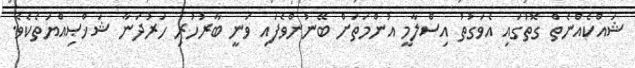
ޝައްކެއްނެތް ގޮތުގައި އެވަގުތު އިސްލާމީ އުންމަތަށް ބޭނުންވެފައި ވަނީ ބާރުހުރި ހަރުދަނާ ޝަޚްޞިއްޔަތެކެވެ.